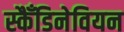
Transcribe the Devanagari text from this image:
स्कैँडिनेवियन